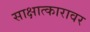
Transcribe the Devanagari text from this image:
साक्षात्कारावर